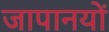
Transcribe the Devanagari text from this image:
जापानयों